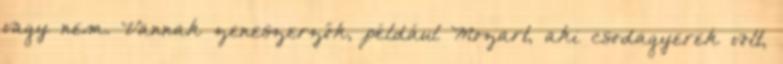
vagy nem. Vannak zeneszerzők, például Mozart, aki csodagyerek volt,